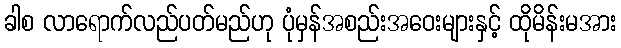
ခါစ လာရောက်လည်ပတ်မည်ဟု ပုံမှန်အစည်းအဝေးများနှင့် ထိုမိန်းမအား